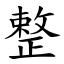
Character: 整